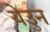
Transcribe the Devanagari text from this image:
येउुन